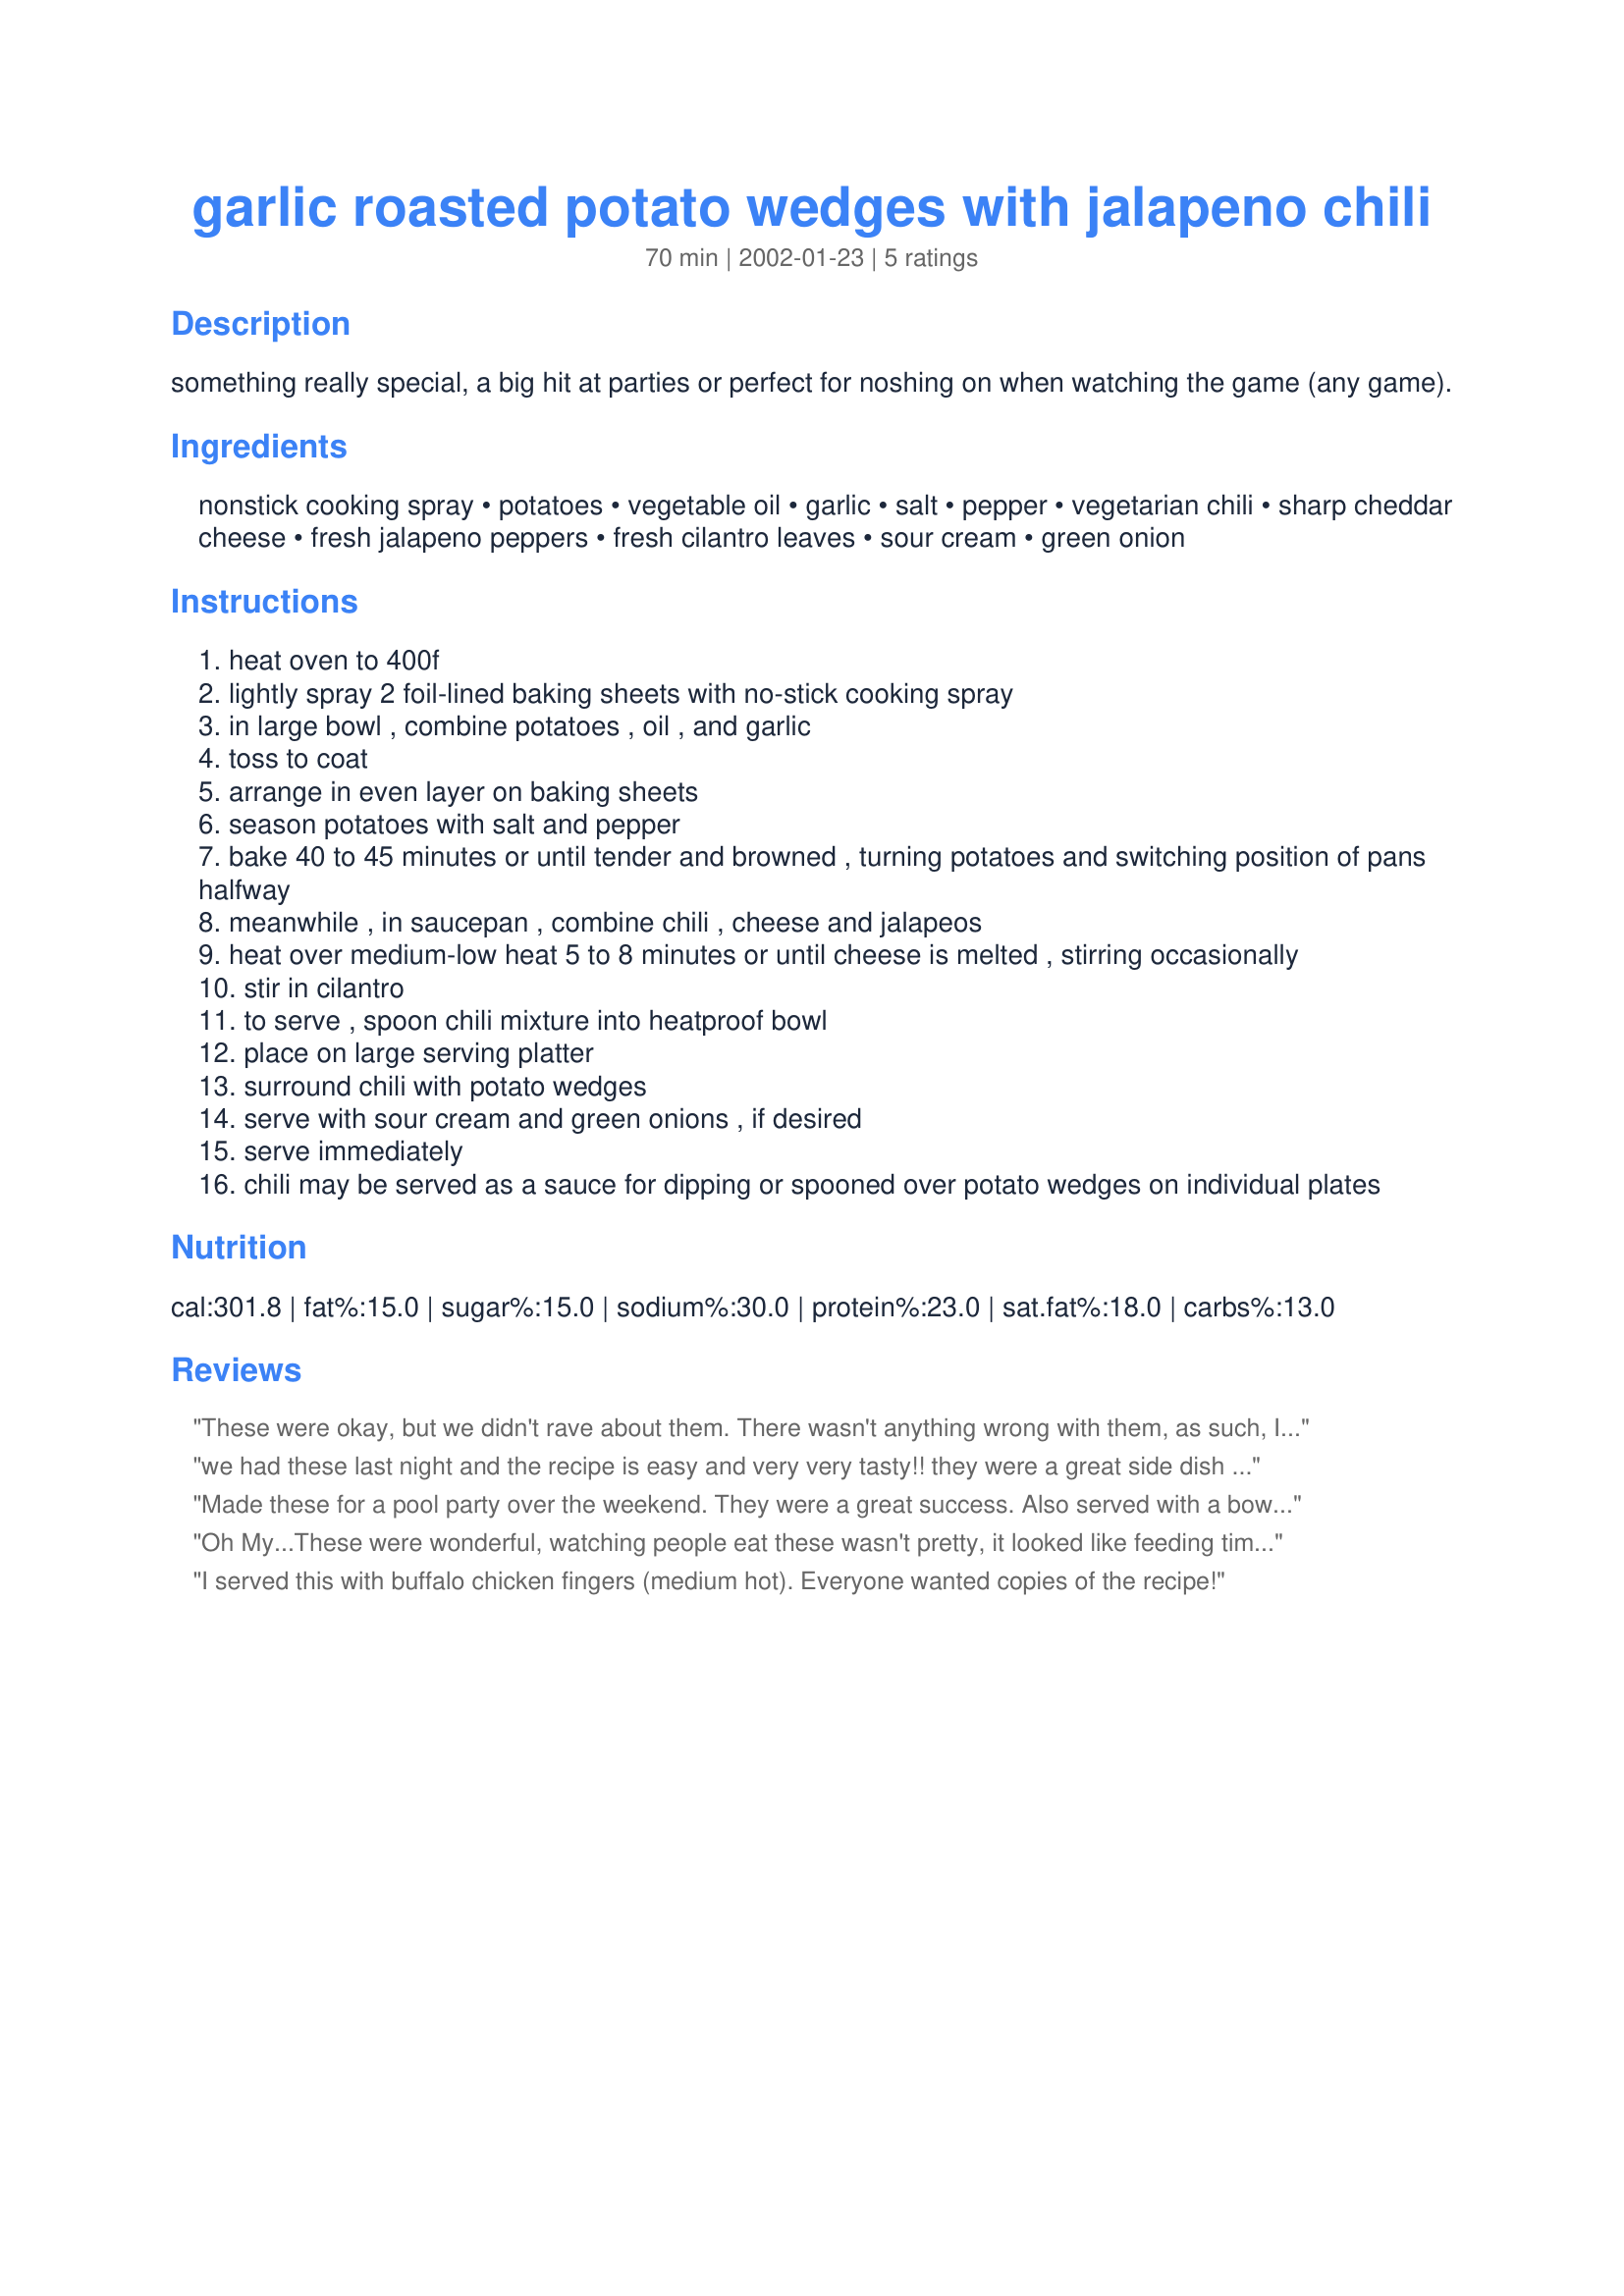
garlic roasted potato wedges with jalapeno chili
Preparation time: 70 minutes

something really special, a big hit at parties or perfect for noshing on when watching the game (any game).

Ingredients:
nonstick cooking spray, potatoes, vegetable oil, garlic, salt, pepper, vegetarian chili, sharp cheddar cheese, fresh jalapeno peppers, fresh cilantro leaves, sour cream, green onion

Steps:
heat oven to 400f
lightly spray 2 foil-lined baking sheets with no-stick cooking spray
in large bowl , combine potatoes , oil , and garlic
toss to coat
arrange in even layer on baking sheets
season potatoes with salt and pepper
bake 40 to 45 minutes or until tender and browned , turning potatoes and switching position of pans halfway
meanwhile , in saucepan , combine chili , cheese and jalapeos
heat over medium-low heat 5 to 8 minutes or until cheese is melted , stirring occasionally
stir in cilantro
to serve , spoon chili mixture into heatproof bowl
place on large serving platter
surround chili with potato wedges
serve with sour cream and green onions , if desired
serve immediately
chili may be served as a sauce for dipping or spooned over potato wedges on individual plates

Reviews:
These were okay, but we didn't rave about them. There wasn't anything wrong with them, as such, I just found them a bit ordinary and I didn't find the cheese really stood out in the chili. Maybe it would be better with the cheese grilled on top of potato skins and then the chilli as a dipping sauce.
we had these last night and the recipe is easy and very very tasty!! they were a great side dish with garlic pepper steaks and a salad!! we will be making these again for sure!! thaks again mirjam for a great dish!!
Made these for a pool party over the weekend. They were a great success. Also served with a bowl of ranch dressing/dip for those afraid of my hot chili! Will make again.
Oh My...These were wonderful, watching people eat these wasn't pretty, it looked like feeding time at the zoo. Mirj.. another wonderful appetizer. But we are having these again tonight with bbq'ed steak and salad. Hubby request. and he says 2 thumbs up. Another keeper. thanks so much.
I served this with buffalo chicken fingers (medium hot). Everyone wanted copies of the recipe!
